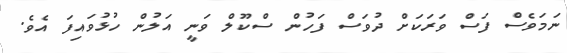
ނަމަވެސް ފަސް ވަރަކަށް ދުވަސް ފަހުން ސްކޫލް ވަނީ އަލުން ހުޅުވައިފަ އެވެ.